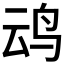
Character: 𪉂